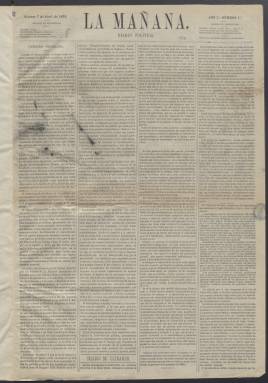
Título: La Mañana (Madrid.1876)
Colección: Periódicos
Ámbito geográfico: Madrid
Lugar de publicación: Madrid
Fechas: 07/04/1876-27/10/1876